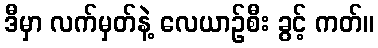
ဒီမှာ လက်မှတ်နဲ့ လေယာဉ်စီး ခွင့် ကတ်။